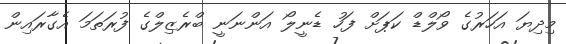
މިދިޔަ އަހަރުގެ ވޯލްޑް ކަޕަށް ފަހު ޑެނީލޯ އަންނަނީ ބްރެޒިލްގެ ފުރަތަމަ އެގާރައިން